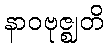
နာဝဗုဇ္ဈတိ